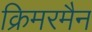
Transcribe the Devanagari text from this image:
क्रिमरमैन